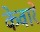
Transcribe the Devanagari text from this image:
केवारे